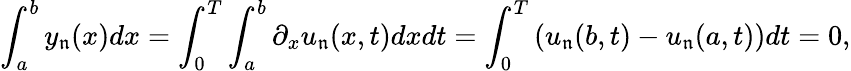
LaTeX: \int_{a}^{b}y_{\mathfrak{n}}(x)dx=\int_{0}^{T}\int_{a}^{b}\partial_{x}u_{\mathfrak{n}}(x,t)dxdt=\int_{0}^{T}\left(u_{\mathfrak{n}}(b,t)-u_{\mathfrak{n}}(a,t)\right)dt=0,